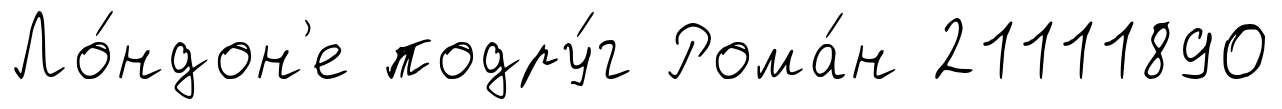
Ло́ндон'е подру́г Рома́н 21111890